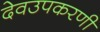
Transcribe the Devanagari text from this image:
देवउपकरणी